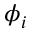
\phi _ { i }